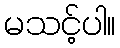
မသင့်ပါ။